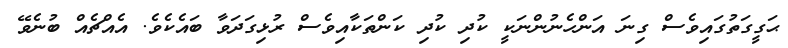
ޙަގީގަތުގައިވެސް ގިނަ އަންހެނުންނަކީ ކުދި ކުދި ކަންތަކާއިވެސް ރުޅިގަދަވާ ބައެކެވެ. އެއްޗެއް ބުނެވޭ